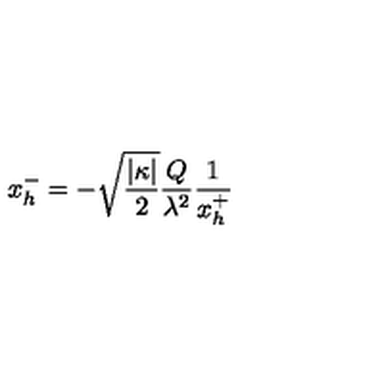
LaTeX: x _ { h } ^ { - } = - \sqrt { \frac { | \kappa | } { 2 } } \frac { Q } { \lambda ^ { 2 } } \frac { 1 } { x _ { h } ^ { + } }